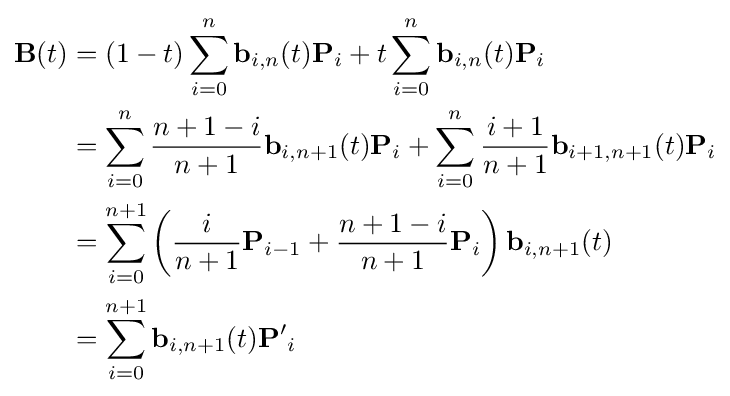
{\begin{aligned}\mathbf {B} (t)&=(1-t)\sum _{i=0}^{n}\mathbf {b} _{i,n}(t)\mathbf {P} _{i}+t\sum _{i=0}^{n}\mathbf {b} _{i,n}(t)\mathbf {P} _{i}\\&=\sum _{i=0}^{n}{\frac {n+1-i}{n+1}}\mathbf {b} _{i,n+1}(t)\mathbf {P} _{i}+\sum _{i=0}^{n}{\frac {i+1}{n+1}}\mathbf {b} _{i+1,n+1}(t)\mathbf {P} _{i}\\&=\sum _{i=0}^{n+1}\left({\frac {i}{n+1}}\mathbf {P} _{i-1}+{\frac {n+1-i}{n+1}}\mathbf {P} _{i}\right)\mathbf {b} _{i,n+1}(t)\\&=\sum _{i=0}^{n+1}\mathbf {b} _{i,n+1}(t)\mathbf {P'} _{i}\end{aligned}}